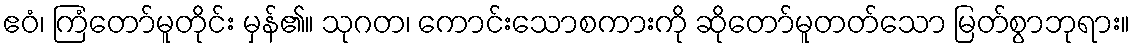
ဧဝံ၊ ကြံတော်မူတိုင်း မှန်၏။ သုဂတ၊ ကောင်းသောစကားကို ဆိုတော်မူတတ်သော မြတ်စွာဘုရား။